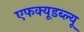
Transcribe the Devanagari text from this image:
एफक्यूडब्ल्यू